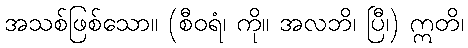
အသစ်ဖြစ်သော။ (စီဝရံ၊ ကို။ အလဘိ၊ ပြီ၊) ဣတိ၊